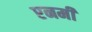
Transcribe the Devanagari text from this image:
एनमी